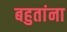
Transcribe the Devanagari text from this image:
बहुतांना